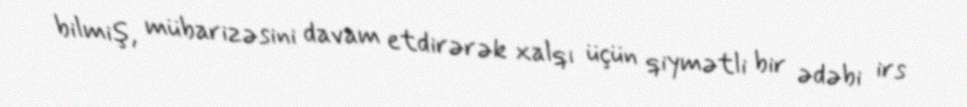
bilmiş, mübarizəsini davam etdirərək xalqı üçün qiymətli bir ədəbi irs